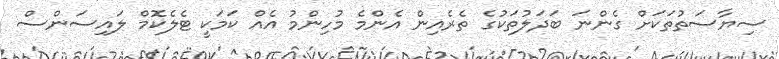
ސިޔާސަތުތަކަށް ގެންނަ ބަދަލުތަކުގެ ތެރެއިން އެންމެ މުހިންމު އެއް ކަމަކީ ޓެލެކޮމް ލައިސަންސް